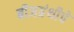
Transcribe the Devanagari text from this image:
बीजग्रंथीचे